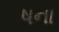
ષના